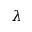
\lambda